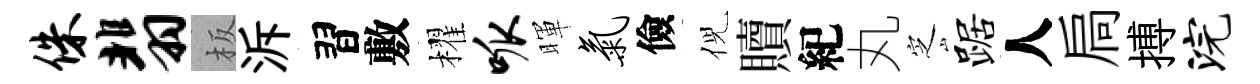
侏翡板泝習敷櫂呱暉气儉倪贖紀丸㝎踞人扃搏浣